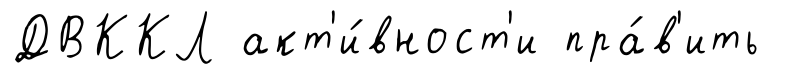
ДВККЛ акт'и́вност'и пра́в'ить